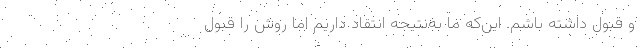
و قبول داشته باشم. این‌که ما به‌نتیجه انتقاد داریم اما روش را قبول